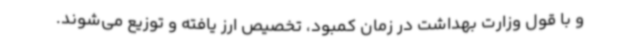
و با قول وزارت بهداشت در زمان کمبود، تخصیص ارز یافته و توزیع می‌شوند.